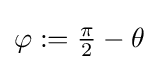
{\textstyle \varphi :={\frac {\pi }{2}}-\theta }